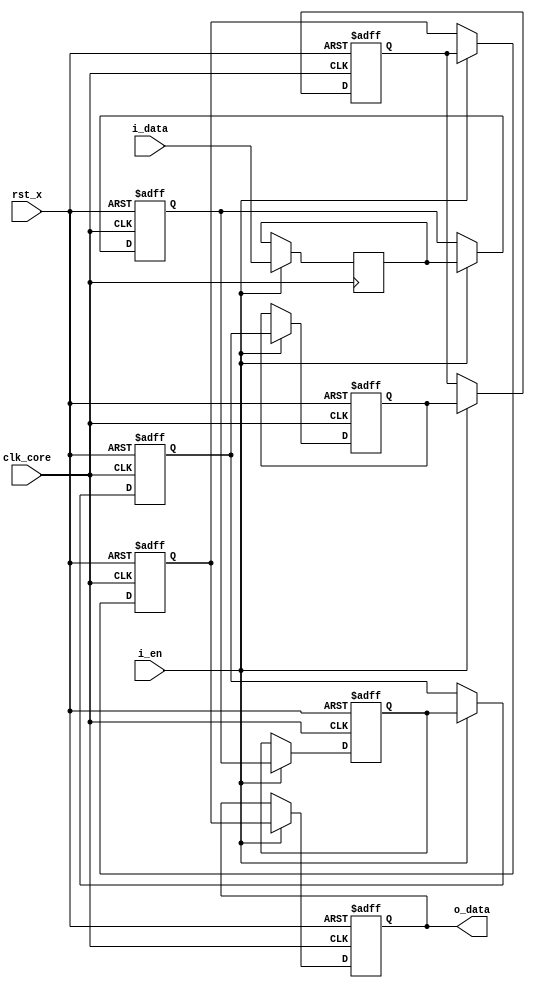
//=======================================================================
// Project Polyphony
//
// File:
//   fm_3d_delay.v
//
// Abstract:
//   Pipeline delay module
//       parameters :
//                WIDTH      data width (default value is 8)
//                NUM_DELAY  number of delay cycle  (default value is 8)
//
//  Created:
//    25 August 2008
//
// Copyright (c) 2008  Kenji Ishimaru, All rights reserved.
//
//======================================================================
//
// Copyright (c) 2020, Kenji Ishimaru
// All rights reserved.
//
// Redistribution and use in source and binary forms, with or without
// modification, are permitted provided that the following conditions are met:
//
//  -Redistributions of source code must retain the above copyright notice,
//   this list of conditions and the following disclaimer.
//  -Redistributions in binary form must reproduce the above copyright notice,
//   this list of conditions and the following disclaimer in the documentation
//   and/or other materials provided with the distribution.
//
// THIS SOFTWARE IS PROVIDED BY THE COPYRIGHT HOLDERS AND CONTRIBUTORS "AS IS"
// AND ANY EXPRESS OR IMPLIED WARRANTIES, INCLUDING, BUT NOT LIMITED TO,
// THE IMPLIED WARRANTIES OF MERCHANTABILITY AND FITNESS FOR A PARTICULAR
// PURPOSE ARE DISCLAIMED. IN NO EVENT SHALL THE COPYRIGHT HOLDER OR
// CONTRIBUTORS BE LIABLE FOR ANY DIRECT, INDIRECT, INCIDENTAL, SPECIAL,
// EXEMPLARY, OR CONSEQUENTIAL DAMAGES (INCLUDING, BUT NOT LIMITED TO,
// PROCUREMENT OF SUBSTITUTE GOODS OR SERVICES; LOSS OF USE, DATA, OR PROFITS;
// OR BUSINESS INTERRUPTION) HOWEVER CAUSED AND ON ANY THEORY OF LIABILITY,
// WHETHER IN CONTRACT, STRICT LIABILITY, OR TORT (INCLUDING NEGLIGENCE OR
// OTHERWISE) ARISING IN ANY WAY OUT OF THE USE OF THIS SOFTWARE,
// EVEN IF ADVISED OF THE POSSIBILITY OF SUCH DAMAGE.
//

module fm_3d_delay_r (
    clk_core,
    rst_x,
    i_en,
    i_data,
    o_data
);

////////////////////////////
// parameter
////////////////////////////
    parameter P_WIDTH     = 8;
    parameter P_NUM_DELAY = 8;
////////////////////////////
// I/O definition
////////////////////////////
    input                clk_core;
    input                rst_x;
    input                i_en;
    input  [P_WIDTH-1:0] i_data;
    output [P_WIDTH-1:0] o_data;


////////////////////////////
// reg
////////////////////////////
    reg   [P_WIDTH-1:0] r_delay[0:P_NUM_DELAY-1];

////////////////////////////
// assign
////////////////////////////
    // in/out port connection
    assign o_data = r_delay[P_NUM_DELAY-1];

////////////////////////////
// always
////////////////////////////
    always @(posedge clk_core) begin
        if (i_en) r_delay[0] <= i_data;
    end

    // delay register connection
    integer i;
    always @(posedge clk_core or negedge rst_x) begin
        if (!rst_x) begin
            if ( P_NUM_DELAY > 1 ) begin
                for ( i = 1; i < P_NUM_DELAY; i = i + 1) begin
                    r_delay[i] <= 0;
                end
            end
        end else begin
            if ( P_NUM_DELAY > 1 ) begin
                for ( i = 1; i < P_NUM_DELAY; i = i + 1) begin
                    if (i_en) r_delay[i] <= r_delay[i-1];
                end
            end
        end
    end

endmodule